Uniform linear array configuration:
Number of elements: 48
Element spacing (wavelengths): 0.75
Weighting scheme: kaiser
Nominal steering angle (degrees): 15
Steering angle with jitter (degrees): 16.422
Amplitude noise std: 0.05
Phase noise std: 0.05

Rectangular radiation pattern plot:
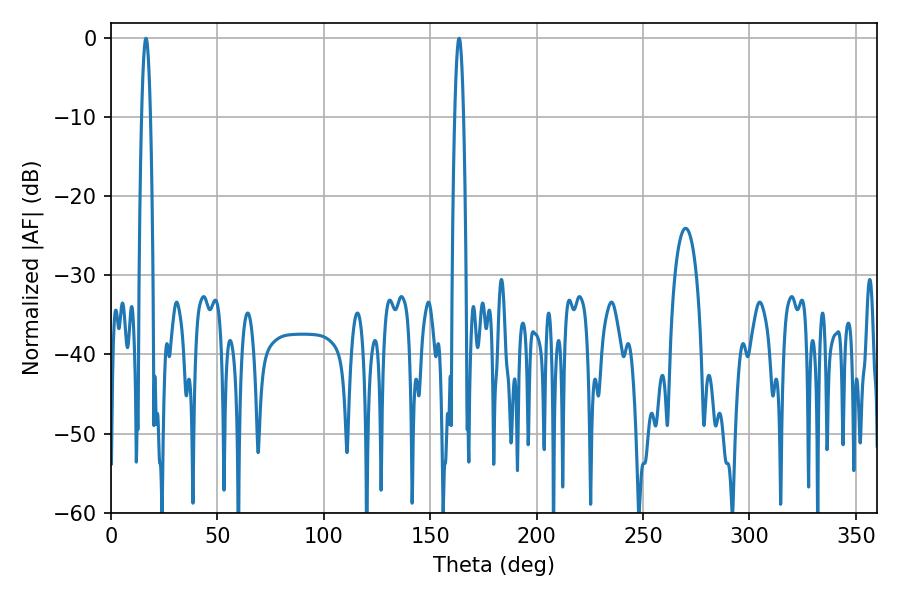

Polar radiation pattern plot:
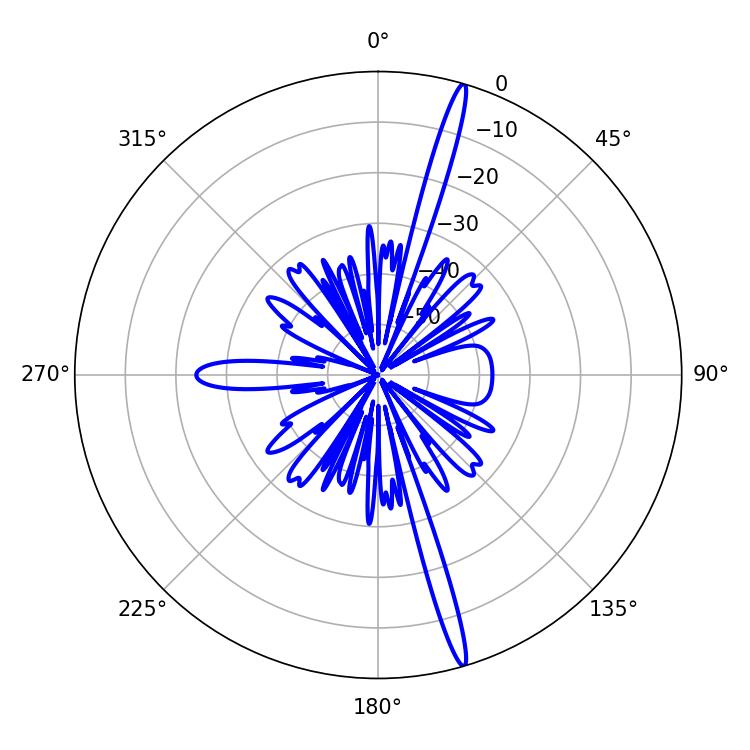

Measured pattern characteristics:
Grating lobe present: TRUE
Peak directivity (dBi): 19.163
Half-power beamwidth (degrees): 2.16
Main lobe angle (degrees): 16.38